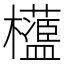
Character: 𣠅